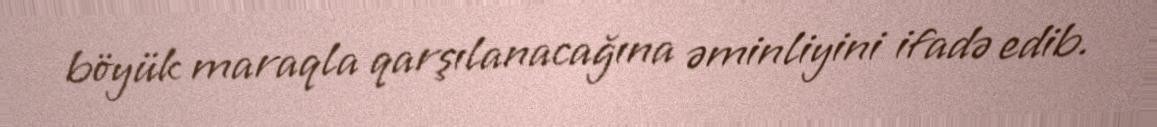
böyük maraqla qarşılanacağına əminliyini ifadə edib.